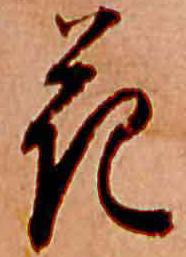
花